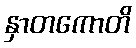
နှာတကောတိ